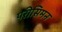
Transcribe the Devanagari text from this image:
परीसिमन